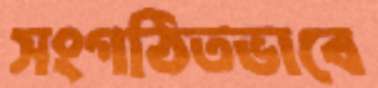
সংগঠিতভাবে